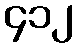
၄၁၂